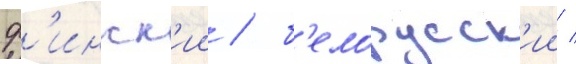
ф'инск'ии / б'елорусск'ии /